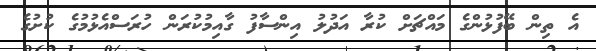
އެ ތިން ބޭފުޅުންގެ މައްޗަށް ކުރާ އަދުލު އިންސާފު ގާއިމުކުރަން ހުރަސްއެޅުމުގެ ކުށުގެ